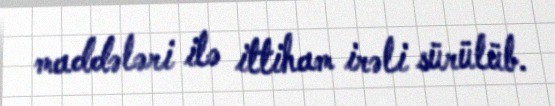
maddələri ilə ittiham irəli sürülüb.